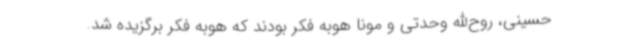
حسینی، روح‌الله وحدتی و مونا هوبه فکر بودند که هوبه فکر برگزیده شد.